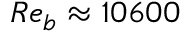
R e _ { b } \approx 1 0 6 0 0